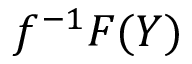
f ^ { - 1 } F ( Y )